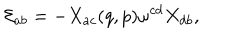
{ \cal E } _ { a b } = - X _ { a c } ( q , p ) \omega ^ { c d } X _ { d b } ,